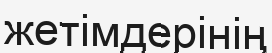
жетімдерінің